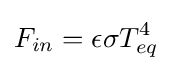
F_{in}=\epsilon \sigma T_{eq}^{4}